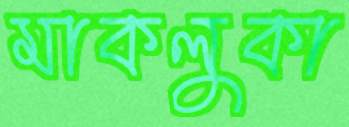
মাকলুকা